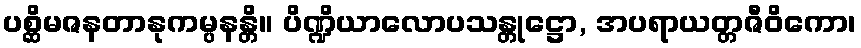
ပစ္ဆိမဇနတာနုကမ္ပနန္တိ။ ပိဏ္ဍိယာလောပသန္တုဋ္ဌော, အပရာယတ္တဇီဝိကော၊